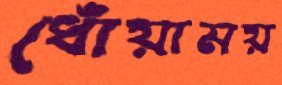
ধোঁয়াময়